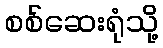
စစ်ဆေးရုံသို့